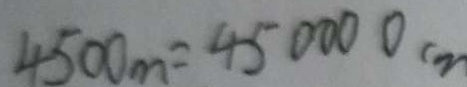
4 5 0 0 m = 4 5 0 0 0 0 c m